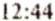
12:44